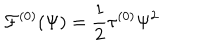
{ \cal F } ^ { ( 0 ) } ( \Psi ) = \frac { 1 } { 2 } \tau ^ { ( 0 ) } \Psi ^ { 2 }